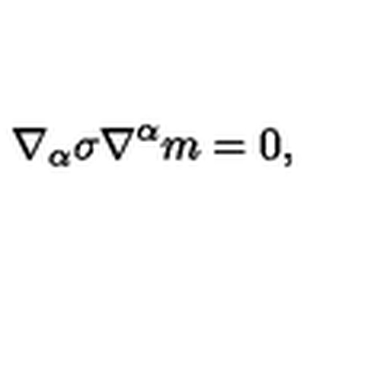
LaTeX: \nabla _ { \alpha } \sigma \nabla ^ { \alpha } m = 0 ,